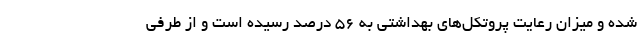
شده و میزان رعایت پروتکل‌های بهداشتی به ۵۶ درصد رسیده است و از طرفی